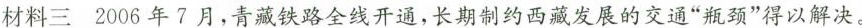
材料三 2006年7月，青藏铁路全线开通，长期制约西藏发展的交通”瓶颈”得以解决。